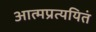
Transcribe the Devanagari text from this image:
आत्मप्रत्ययितं